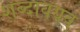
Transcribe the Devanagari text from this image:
शब्दावयव